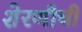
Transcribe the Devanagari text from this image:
शेरणीची